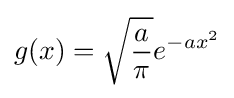
g(x)={\sqrt {\frac {a}{\pi }}}e^{-ax^{2}}